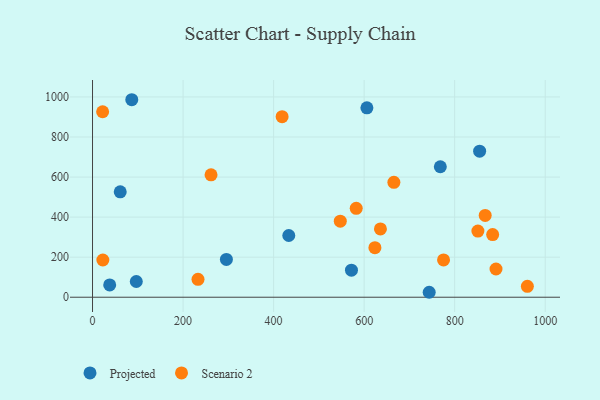
{"axis": {"x": "Speed", "y": "Fuel Efficiency"}, "legend": ["Projected", "Scenario 2"], "data": [{"x": "433.5", "y": 308.2, "type": "Projected"}, {"x": "86.7", "y": 986.2, "type": "Projected"}, {"x": "606.1", "y": 945.6, "type": "Projected"}, {"x": "37.9", "y": 61.2, "type": "Projected"}, {"x": "572.0", "y": 134.9, "type": "Projected"}, {"x": "96.7", "y": 78.6, "type": "Projected"}, {"x": "61.2", "y": 526.3, "type": "Projected"}, {"x": "768.3", "y": 651.4, "type": "Projected"}, {"x": "743.7", "y": 24.7, "type": "Projected"}, {"x": "295.7", "y": 188.6, "type": "Projected"}, {"x": "855.1", "y": 729.2, "type": "Projected"}, {"x": "960.6", "y": 54.2, "type": "Scenario 2"}, {"x": "636.0", "y": 341.1, "type": "Scenario 2"}, {"x": "867.4", "y": 408.7, "type": "Scenario 2"}, {"x": "261.8", "y": 611.0, "type": "Scenario 2"}, {"x": "582.5", "y": 443.7, "type": "Scenario 2"}, {"x": "547.3", "y": 379.6, "type": "Scenario 2"}, {"x": "891.3", "y": 140.8, "type": "Scenario 2"}, {"x": "665.7", "y": 573.5, "type": "Scenario 2"}, {"x": "418.8", "y": 901.8, "type": "Scenario 2"}, {"x": "233.0", "y": 89.3, "type": "Scenario 2"}, {"x": "775.4", "y": 186.1, "type": "Scenario 2"}, {"x": "883.9", "y": 313.0, "type": "Scenario 2"}, {"x": "851.3", "y": 330.4, "type": "Scenario 2"}, {"x": "22.3", "y": 926.1, "type": "Scenario 2"}, {"x": "623.8", "y": 247.2, "type": "Scenario 2"}, {"x": "22.8", "y": 185.9, "type": "Scenario 2"}]}